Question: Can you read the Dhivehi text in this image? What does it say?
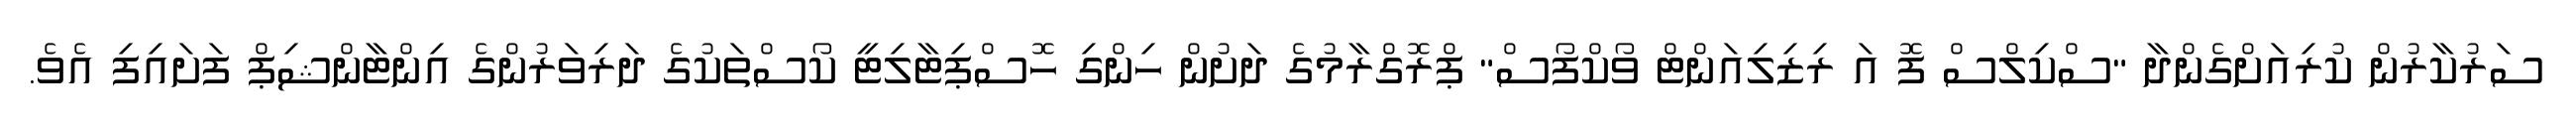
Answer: ސަރުކާރުން ކުރިއަށްގެންދާ "ސްކިލްސް ފޮ އަ ރިޒިލިއަންޓް ވޯކްފޯސް" ޕްރޮގްރާމުގެ ދަށުން ހިންގި ހޮސްޕިޓާލިޓީ ކޯސްތަކުގެ ދަރިވަރުންގެ އިންޓާންޝިޕް ފަށައިފި އެވެ.